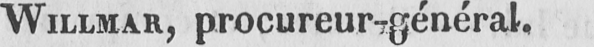
WILLMAR, procureur-général.